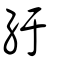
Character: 䊸